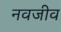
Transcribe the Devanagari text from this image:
नवजीव